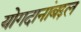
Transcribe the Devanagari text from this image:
योगदानांबद्दल